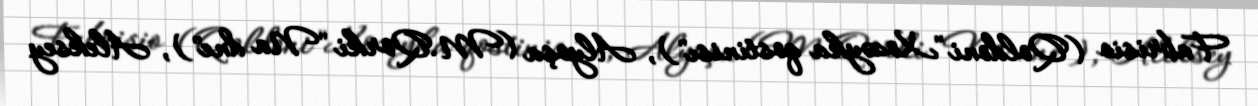
Fabrisio (Qoldoni "Xozəyka qostinisı"), Alyoşa (M.Qorki "Na dne"), Aleksey